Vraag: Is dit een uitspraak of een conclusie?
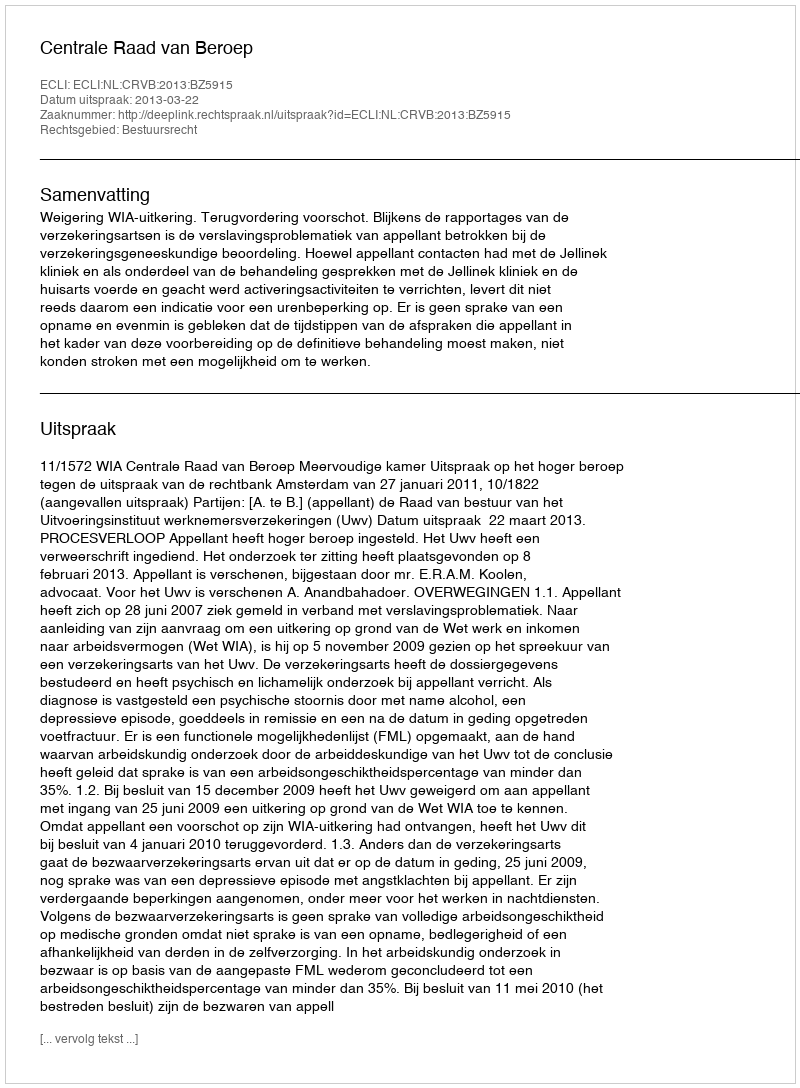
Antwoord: Uitspraak